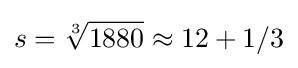
s={\sqrt[{3}]{1880}}\approx 12+1/3